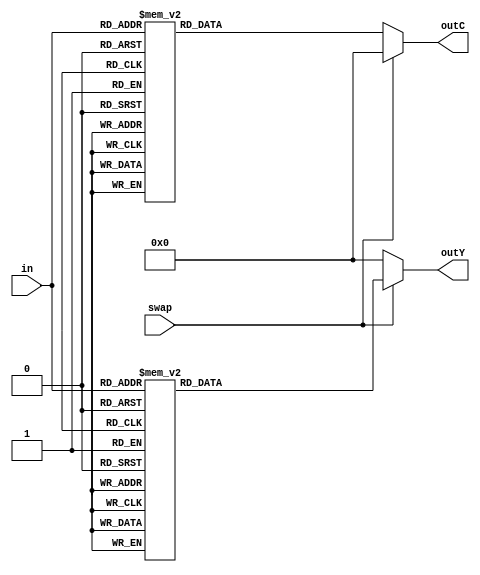
`timescale 1ns / 1ps
//////////////////////////////////////////////////////////////////////////////////
// Company: 
// Engineer: 
// 
// Design Name: 
// Module Name:    DMux 
// Project Name: 
// Target Devices: 
// Tool versions: 
// Description: 
//
// Dependencies: 
//
// Revision: 
// Revision 0.01 - File Created
// Additional Comments: 
//
//////////////////////////////////////////////////////////////////////////////////
module Decoder(swap,in,outY,outC
    );
input swap;
input [2:0] in;
output reg [7:0] outY;
output reg [7:0] outC;

always @(swap or in) begin
if (swap) begin
	outC<=16'd0;
	case (in)
	3'b000: outY<=16'd1;
	3'b001: outY<=16'd2;
	3'b010: outY<=16'd4;
	3'b011: outY<=16'd8;
	3'b100: outY<=16'd16;
	3'b101: outY<=16'd32;
	3'b110: outY<=16'd64;
	3'b111: outY<=16'd128;
	default  outY<=16'd0;
	endcase
end else begin
	outY<=16'd0;
	case (in)
	3'b000: outC<=16'd1;
	3'b001: outC<=16'd2;
	3'b010: outC<=16'd4;
	3'b011: outC<=16'd8;
	3'b100: outC<=16'd16;
	3'b101: outC<=16'd32;
	3'b110: outC<=16'd64;
	3'b111: outC<=16'd128;
	default  outC<=16'd0;
	endcase
end

end
endmodule